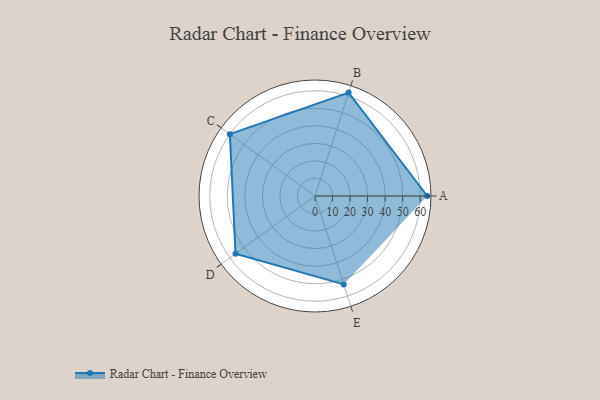
{"axis": {"x": "Skill", "y": "Score"}, "legend": ["Profile"], "data": [{"x": "A", "y": 64.0, "type": "Profile"}, {"x": "B", "y": 62.0, "type": "Profile"}, {"x": "C", "y": 60.0, "type": "Profile"}, {"x": "D", "y": 56.0, "type": "Profile"}, {"x": "E", "y": 53.0, "type": "Profile"}]}